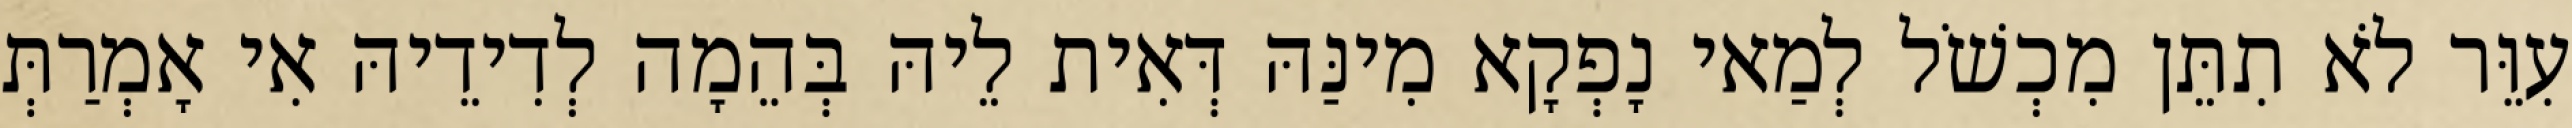
עִוֵּר לֹא תִתֵּן מִכְשֹׁל לְמַאי נָפְקָא מִינַּהּ דְּאִית לֵיהּ בְּהֵמָה לְדִידֵיהּ אִי אָמְרַתְּ